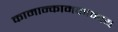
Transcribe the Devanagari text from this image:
कामान्कामकामाय